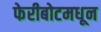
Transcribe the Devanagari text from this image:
फेरीबोटमधून